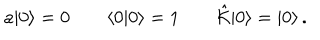
a | 0 \rangle = 0 \qquad \langle 0 | 0 \rangle = 1 \qquad \hat { \cal K } | 0 \rangle = | 0 \rangle \, .